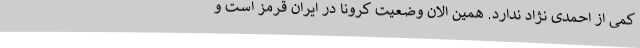
کمی از احمدی نژاد ندارد. همین الان وضعیت کرونا در ایران قرمز است و